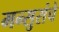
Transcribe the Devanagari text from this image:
मन्सुरांचे